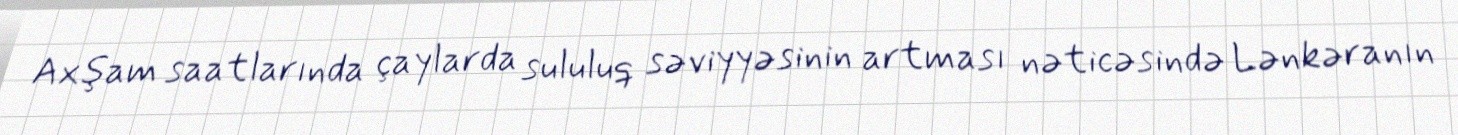
Axşam saatlarında çaylarda sululuq səviyyəsinin artması nəticəsində Lənkəranın